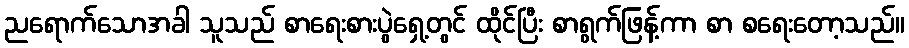
ညရောက်သောအခါ သူသည် စာရေးစားပွဲရှေ့တွင် ထိုင်ပြီး စာရွက်ဖြန့်ကာ စာ စရေးတော့သည်။